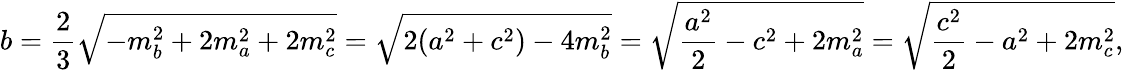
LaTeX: b={\frac{2}{3}}{\sqrt{-m_{b}^{2}+2m_{a}^{2}+2m_{c}^{2}}}={\sqrt{2(a^{2}+c^{2})-4m_{b}^{2}}}={\sqrt{{\frac{a^{2}}{2}}-c^{2}+2m_{a}^{2}}}={\sqrt{{\frac{c^{2}}{2}}-a^{2}+2m_{c}^{2}}},